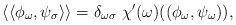
\begin{align*}\langle\langle \phi_\omega,\psi_\sigma \rangle\rangle=\delta_{\omega \sigma}~\chi'(\omega)((\phi_\omega,\psi_\omega)),\end{align*}